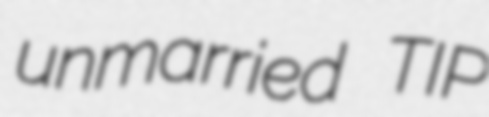
unmarried TIP